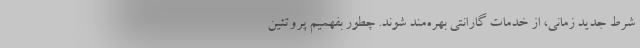
شرط جدید زمانی، از خدمات گارانتی بهره‌مند شوند. چطور بفهمیم پروتئین